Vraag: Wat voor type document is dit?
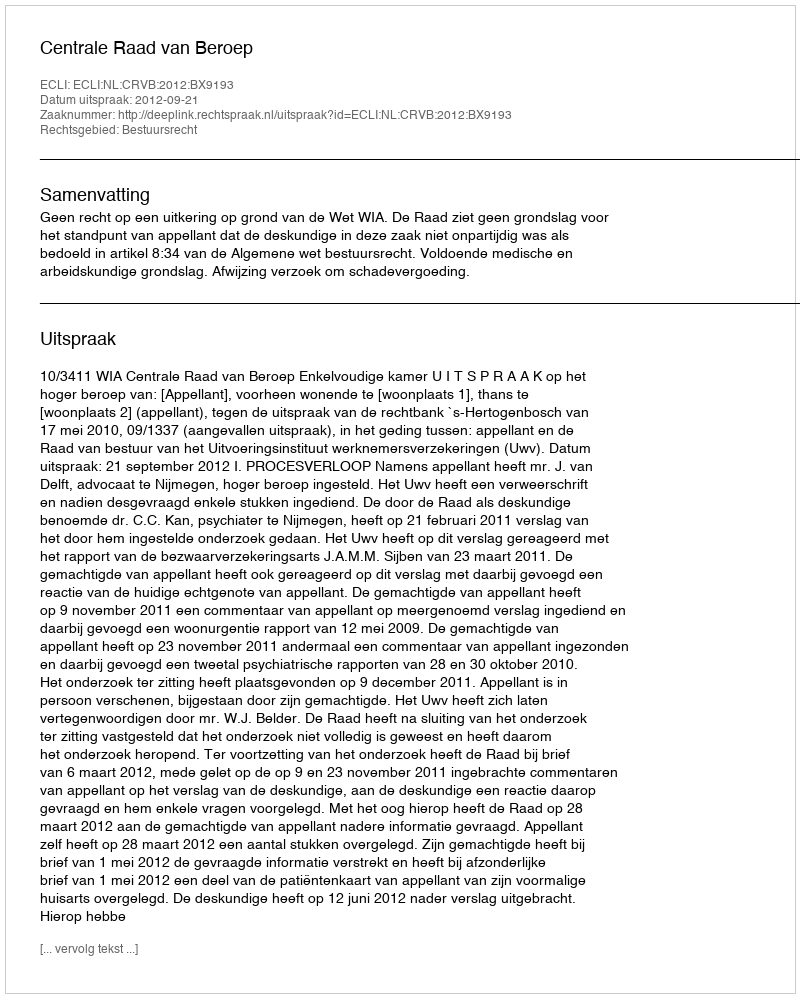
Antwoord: Uitspraak